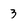
Character: 3